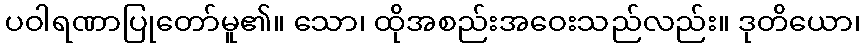
ပဝါရဏာပြုတော်မူ၏။ သော၊ ထိုအစည်းအဝေးသည်လည်း။ ဒုတိယော၊